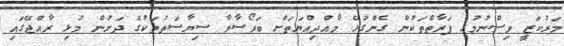
މަރުކަޒީ ވިސްނުމުގެ ފަރާތްތަކުން ގެންގުޅޭ މާއްދިއްޔަތަށް ބަރޯސާވާ ސިޔާސަތުތަކުގެ ދަށުން މުޅި ރާއްޖޭގައި